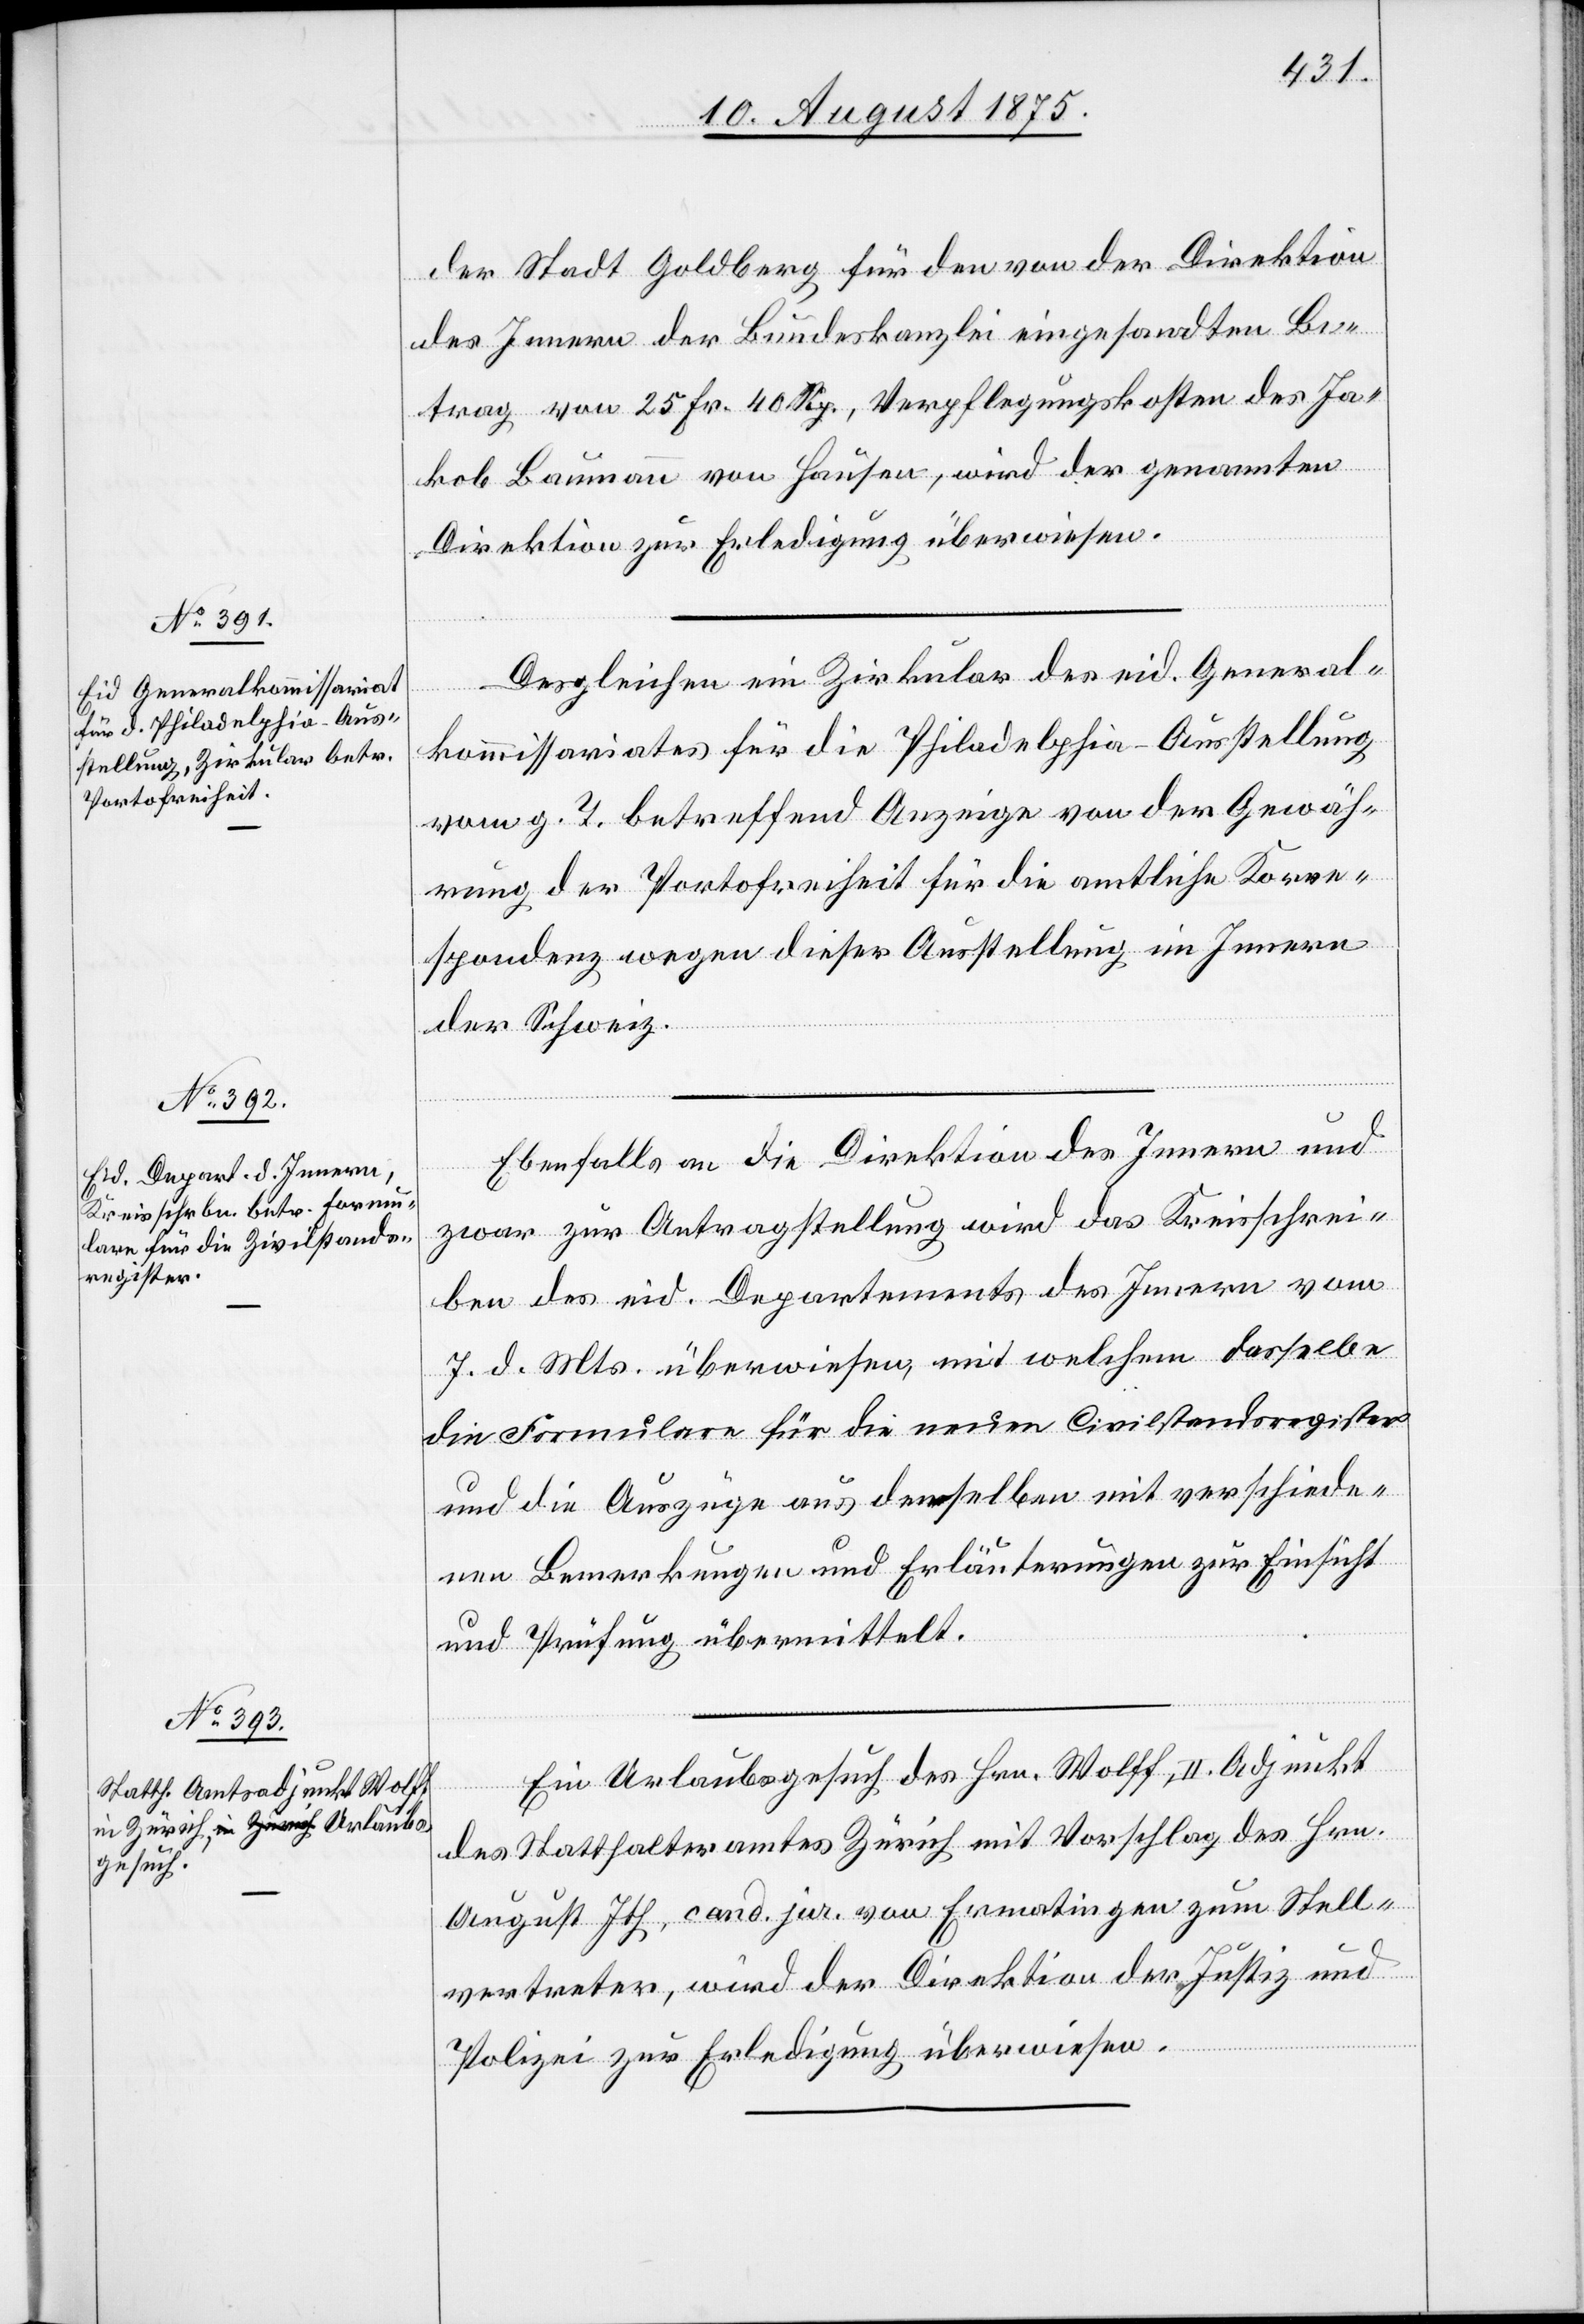
10. August 1875.]
der Stadt Goldberg für den von der Direktion
des Innern der Bundeskanzlei eingesandten Be¬
trag von 25 Fr. 40 Rp., Verpflegungskosten des Ja¬
kob Baumann von Hausen, wird der genannten
Direktion zur Erledigung überwiesen.
Desgleichen ein Zirkular des eid. General¬
kommissariates für die Philadelphia-Ausstellung
vom g. T. betreffend Anzeige von der Gewäh¬
rung der Portofreiheit für die amtliche Korre¬
spondenz wegen dieser Ausstellung im Innern
der Schweiz.
Ebenfalls an die Direktion des Innern und
zwar zur Antragstellung wird das Kreisschrei¬
ben des eid. Departements des Innern vom
7. d. Mts. überwiesen, mit welchem dasselbe
die Formulare für die neuen Civilstandsregister
und die Auszüge aus denselben mit verschiede¬
nen Bemerkungen und Erläuterungen zur Einsicht
und Prüfung übermittelt.
Ein Urlaubsgesuch des Hrn. Wolff, II Adjunkt
des Statthalteramtes Zürich mit Vorschlag des Hrn.
August Ith, cand. jur. von Ermatingen zum Stell¬
vertreter, wird der Direktion der Justiz und
Polizei zur Erledigung überwiesen.